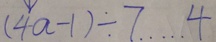
( 4 a - 1 ) \div 7 \cdots 4